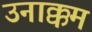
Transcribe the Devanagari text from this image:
उनाक्कम